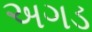
અગડ